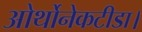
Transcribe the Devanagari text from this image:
ओर्थोनेकटीडा।